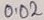
Text: 0.02